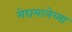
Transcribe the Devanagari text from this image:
मेघमालेच्या